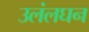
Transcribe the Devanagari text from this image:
उलंलघन